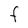
Character: F